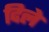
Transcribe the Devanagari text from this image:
दिलेे